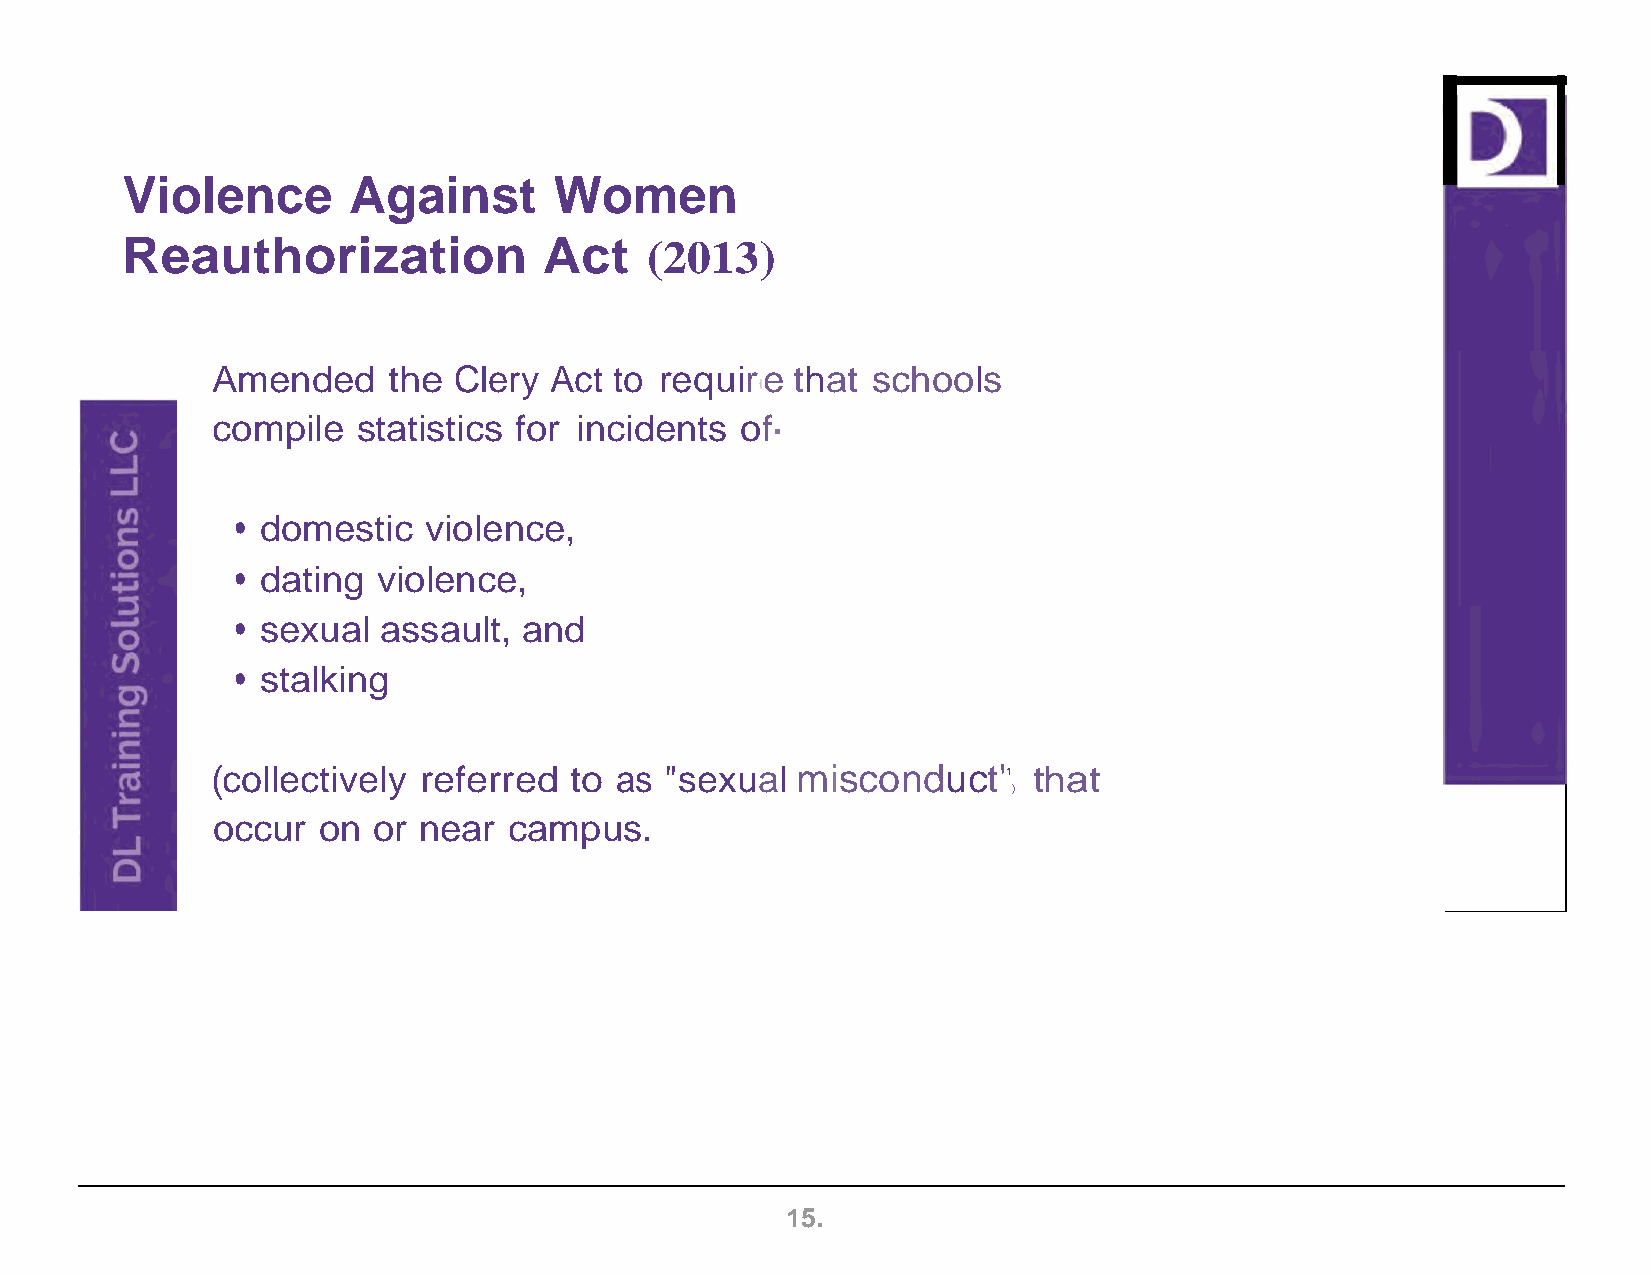
Violence       Against       Women
 Reauthorization             Act    (2013)
 Amended     the Clery Act  to require that  schools
 1
 compile   statistics for incidents of·
 • domestic  violence,
 • dating violence,
 • sexual assault,  and
 • stalking
 (collectively referred  to as "sexual  misconduct'1   that
 )
 occur  on  or near  campus.
 15.